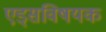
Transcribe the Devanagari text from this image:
एड्‌सविषयक